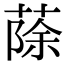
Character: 蒢